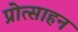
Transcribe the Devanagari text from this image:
प्रोत्साहन